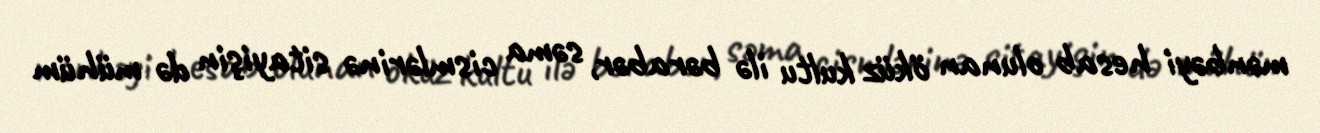
mənbəyi hesab olunan öküz kultu ilə bərabər, səma cismlərinə sitayişin də mühüm